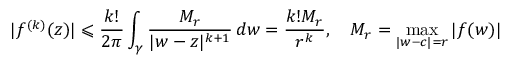
| f ^ { ( k ) } ( z ) | \leqslant { \frac { k ! } { 2 \pi } } \int _ { \gamma } { \frac { M _ { r } } { | w - z | ^ { k + 1 } } } \, d w = { \frac { k ! M _ { r } } { r ^ { k } } } , \quad M _ { r } = \operatorname* { m a x } _ { | w - c | = r } | f ( w ) |